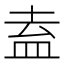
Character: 盍